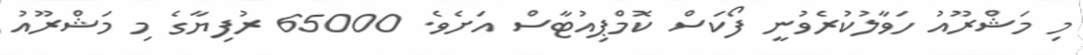
މި މަޝްރޫއު ހަވާލުކުރެވުނީ ފޯކަސް ކޮމްޕިއުޓާސް އަށެވެ. 65000 ރުފިޔާގެ މި މަޝްރޫއު